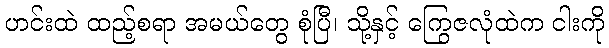
ဟင်းထဲ ထည့်စရာ အမယ်တွေ စုံပြီ၊ သို့နှင့် ကြွေဇလုံထဲက ငါးကို